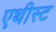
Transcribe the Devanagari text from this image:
एथीस्ट